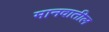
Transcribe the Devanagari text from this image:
मानवातील